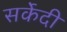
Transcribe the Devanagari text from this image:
सर्केदी